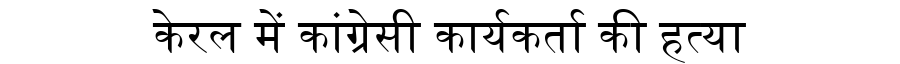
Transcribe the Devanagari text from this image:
केरल में कांग्रेसी कार्यकर्ता की हत्या